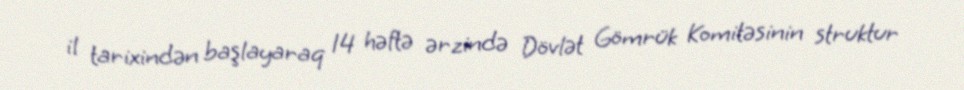
il tarixindən başlayaraq 14 həftə ərzində Dövlət Gömrük Komitəsinin struktur